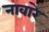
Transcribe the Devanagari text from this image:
नावारे